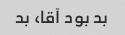
بد بود آقا، بد